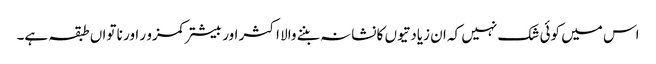
اس میں کوئی شک نہیں کہ ان زیادتیوں کا نشانہ بننے والا اکثر اور بیشتر کمزو ر اور نا تواں طبقہ ہے۔